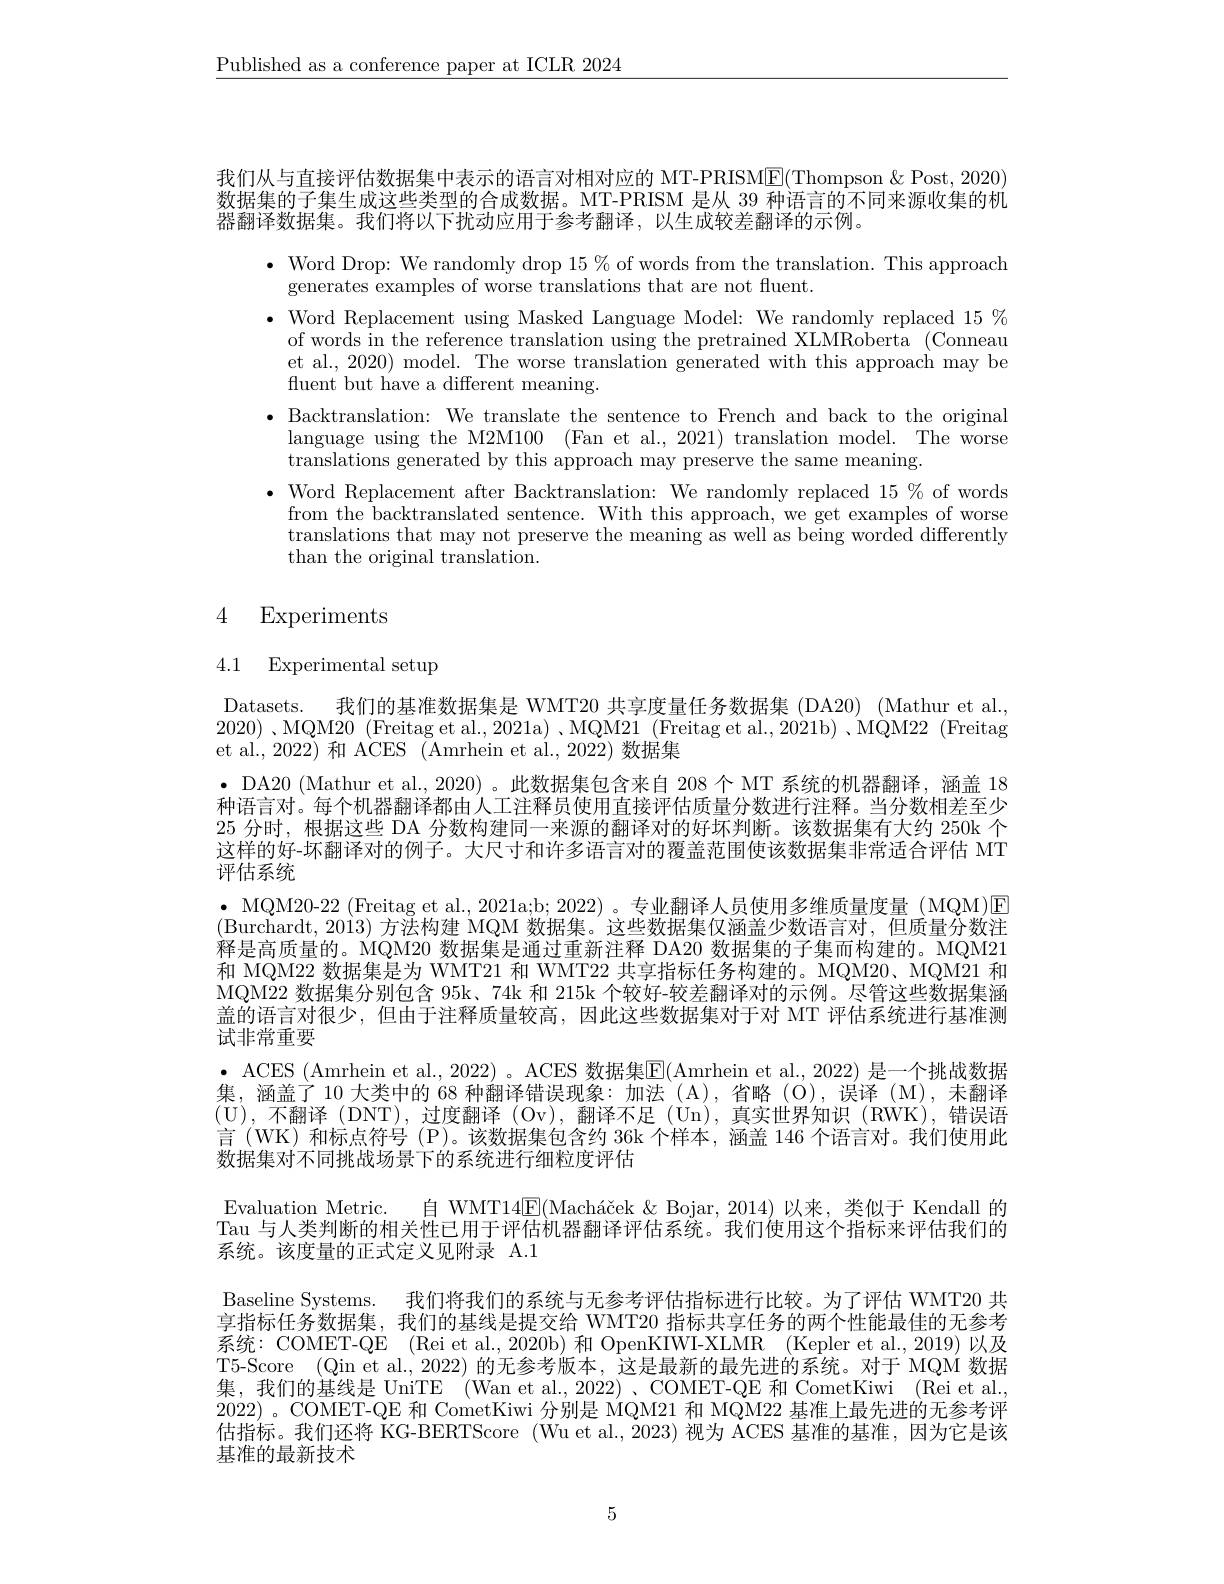
$\underline{\text{Published as a conference paper at ICLR 2024}}$

我们从与直接评估数据集中表示的语言对相对应的 MT-PRISM$\boxed{\mathrm{F}}($Thompson &Post, 2020) 数据集的子集生成这些类型的合成数据。MT-PRISM 是从 39 种语言的不同来源收集的机器翻译数据集。我们将以下扰动应用于参考翻译，以生成较差翻译的示例。
$\bullet$ Word Drop: We randomly drop $15\%$ of words from the translation. This approach
generates examples of worse translations that are not fuent.
$\bullet$ Word Replacement using Masked Language Model: We randomly replaced $15\%$
of words in the reference translation using the pretrained XLMRoberta (Conneau et al., 2020) model. The worse translation generated with this approach may be fuent but have a different meaning.
· Backtranslation: We translate the sentence to French and back to the original
language using the M2M100 (Fan et al., 2021) translation model. The worse
$\bar{\text{translations generated by this approach may preserve the same meaning.}}$
$\bullet$ Word Replacement after Backtranslation: We randomly replaced $15\%$ of words
from the backtranslated sentence. With this approach, we get examples of worse translations that may not preserve the meaning as well as being worded differently than the original translation.

# 4 Experiments

# 4.1 Experimental setup

Datasets. 我们的基准数据集是 WMT20 共享度量任务数据集 (DA20) (Mathur et al., 2020) ,MQM20 (Freitag et al., 2021a) , MQM21 (Freitag et al., 2021b) 、MQM22 (Freitag et al., 2022) 和 ACES (Amrhein et al., 2022) 数据集
$\bullet$ DA20 (Mathur et al., 2020) 。此数据集包含来自 208 个 MT 系统的机器翻译，涵盖 18种语言对。每个机器翻译都由人工注释员使用直接评估质量分数进行注释。当分数相差至少25 分时，根据这些 DA 分数构建同一来源的翻译对的好坏判断。该数据集有大约 250k 个这样的好-坏翻译对的例子。大尺寸和许多语言对的覆盖范围使该数据集非常适合评估 MT 评估系统
$\bullet$MQM20-22(Freitag et al., 2021a;b; 2022)。专业翻译人员使用多维质量度量(MQM)E (Burchardt,$2013)\bar\text{ 方法构建 MQM 数据集。这些数据集仅涵盖少数语言对，但质量分数注}$ 释是高质量的。MQM20 数据集是通过重新注释 DA20 数据集的子集而构建的。MQM21和 MQM22 数据集是为 WMT21 和 WMT22 共享指标任务构建的。MQM20、MQM21 和MQM22 数据集分别包含 95k、74k 和 215k 个较好-较差翻译对的示例。尽管这些数据集涵盖的语言对很少，但由于注释质量较高，因此这些数据集对于对 MT 评估系统进行基准测试非常重要
$\bullet$ ACES (Amrhein et al., 2022)。ACES 数据集E(Amrhein et al., 2022) 是一个挑战数据集，涵盖了 10 大类中的 68 种翻译错误现象：加法 (A), 省略 (O),误译 (M),未翻译(U),不翻译 (DNT),过度翻译 (Ov),翻译不足 (Un),真实世界知识(RWK),错误语言(WK)和标点符号(P)。该数据集包含约 36k 个样本，涵盖 146 个语言对。我们使用此数据集对不同挑战场景下的系统进行细粒度评估
Evaluation Metric. 自 WMT14$\boxed{\mathrm{F} }( \text{Mach\' {a}\v {c}ek\& Bojar, 2014) 以 来 , 类 似 于 Kendall 的 }$ Tau 与人类判断的相关性已用于评估机器翻译评估系统。我们使用这个指标来评估我们的系统。该度量的正式定义见附录 A.1
Baseline Systems.
我们将我们的系统与无参考评估指标进行比较。为了评估 WMT20 共
享指标任务数据集，我们的基线是提交给 WMT20 指标共享任务的两个性能最佳的无参考系统：COMET-QE (Rei et al., 2020b) 和 OpenKIWI-XLMR (Kepler et al., 2019) 以及T5-Score (Qin et al., 2022) 的无参考版本，这是最新的最先进的系统。对于 MQM 数据集，我们的基线是 UniTE (Wan et al., 2022)、COMET-QE 和 CometKiwi (Rei et al. 2022)。COMET-QE 和 CometKiwi 分别是 MQM21 和 MQM22 基准上最先进的无参考评估指标。我们还将 KG-BERTScore (Wu et al.,2023) 视为 ACES 基准的基准，因为它是该基准的最新技术

5